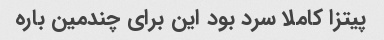
پیتزا کاملا سرد بود این برای چندمین باره